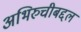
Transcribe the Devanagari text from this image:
अभिरुचीबद्दल